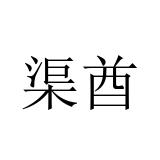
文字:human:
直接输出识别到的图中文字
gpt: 渠酋